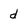
Character: d